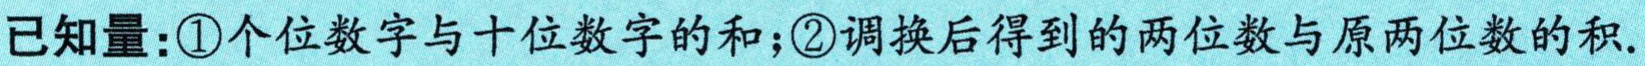
已知量：\textcircled{1}个位数字与十位数字的和；\textcircled{2}调换后得到的两位数与原两位数的积.